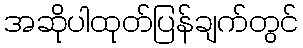
အဆိုပါထုတ်ပြန်ချက်တွင်